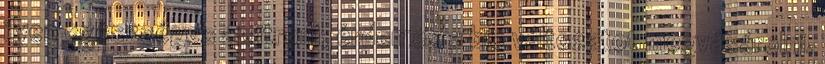
ilyen egészséges a citrom, érdemes a bio változatot megvásárolni.